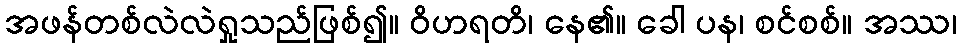
အဖန်တစ်လဲလဲရှုသည်ဖြစ်၍။ ဝိဟရတိ၊ နေ၏။ ခေါ ပန၊ စင်စစ်။ အဿ၊